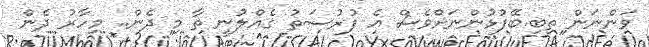
ވަންނަން ތިބި.ބޭފުޅުންނަށްވެސް އެ ފުރުސަތު ގެއްލުނީ ތާ މި ދެން.. މިހާރު ދެން